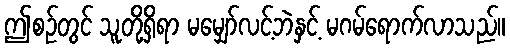
ဤစဉ်တွင် သူတို့ရှိရာ မမျှော်လင့်ဘဲနှင့် မဂမ်ရောက်လာသည်။